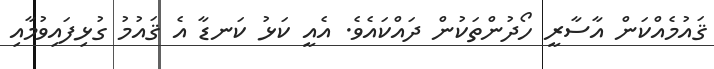
ޤައުމެއްކަން އާސާރީ ހޯދުންތަކުން ދައްކައެވެ. އެއީ ކަޅު ކަނޑާ އެ ޤައުމު ގުޅިފައިވުމާއި